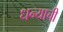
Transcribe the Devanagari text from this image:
धन्याची